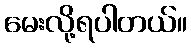
မေးလို့ရပါတယ်။